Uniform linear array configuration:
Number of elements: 16
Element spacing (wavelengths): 0.5
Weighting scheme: kaiser
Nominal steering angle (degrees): -15
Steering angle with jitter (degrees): -13.258
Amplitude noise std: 0.05
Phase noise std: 0.05

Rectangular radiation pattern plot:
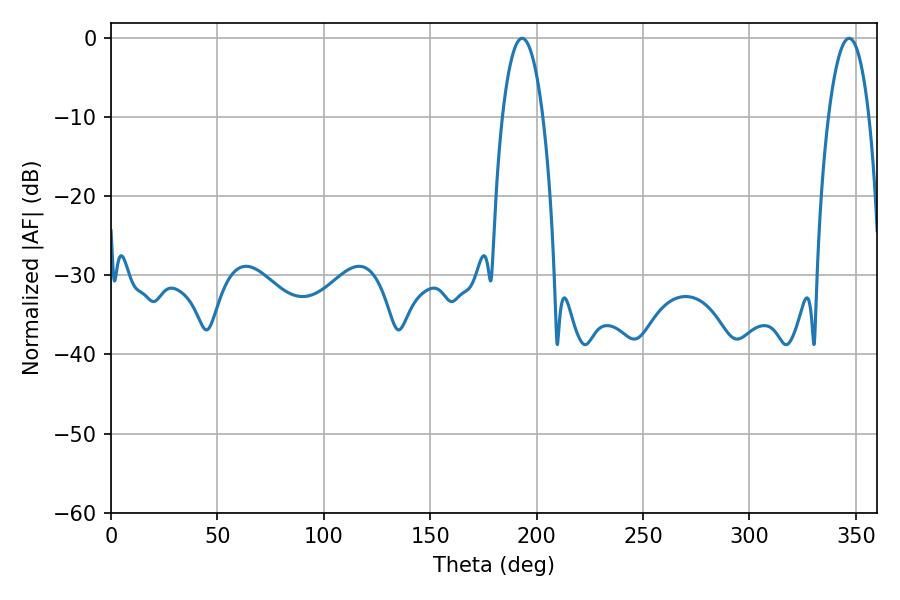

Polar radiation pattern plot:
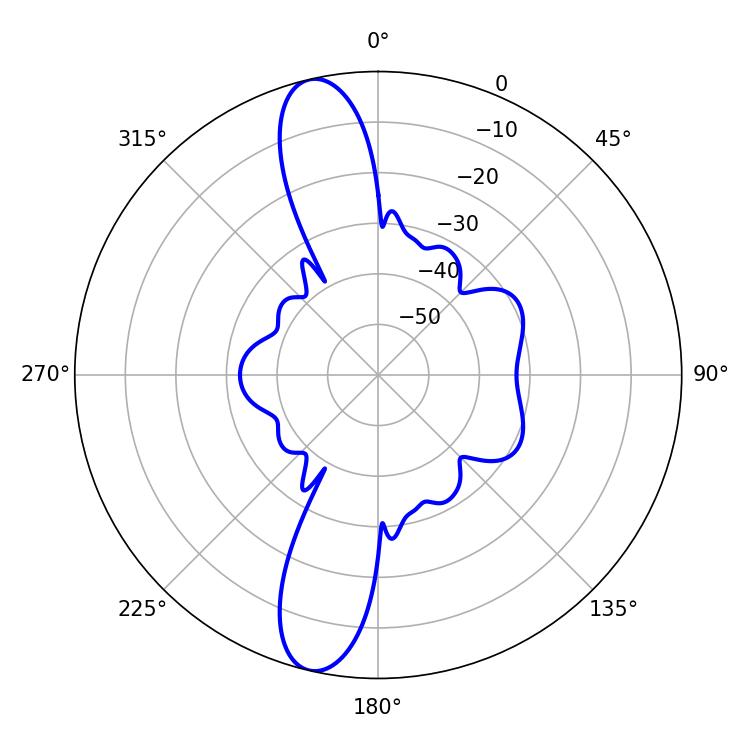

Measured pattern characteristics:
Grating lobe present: FALSE
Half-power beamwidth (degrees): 10.62
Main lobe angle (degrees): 193.14